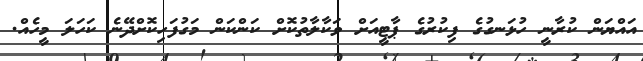
އައްޔަން ކުރާނީ ހުޅަނގުގެ ފިކުރުގެ ޕާޓީއަށް ވަކާލާތުކޮށް ކަންކަން މަގުފަހިކޮށްދޭނެ ކަހަލަ މީހެއް.